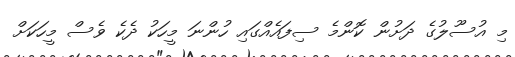
މި އުސޫލުގެ ދަށުން ކޮންމެ ސިފައެއްގައި ހުންނަ މީހަކު ދެކެ ވެސް މީހަކަށް